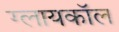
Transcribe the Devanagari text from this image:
ग्लायकॉल